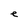
Character: e